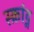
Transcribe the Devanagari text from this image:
स्क्रांट्न